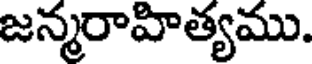
జన్మరాహిత్యము.